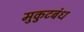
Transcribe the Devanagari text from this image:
मुकुटबंध